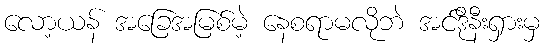
လော့ယန် အခြေအမြစ်မဲ့ နေစရာမလိုဘဲ အင်ဒိုနီးရှားမှ